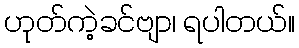
ဟုတ်ကဲ့ခင်ဗျာ၊ ရပါတယ်။